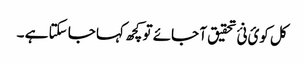
کل کوئ نئ تحقیق آ جائے تو کچھ کہا جا سکتا ہے ۔